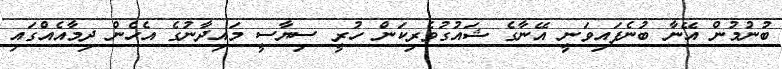
ބުނުމުން އޭނާ ބުނެފައިވަނީ އޭނާގެ ޝައުގުވެރިކަން ހުރީ ސިޔާސީ މައިދާނުގެ އެހެން ދިމާއެއްގައި